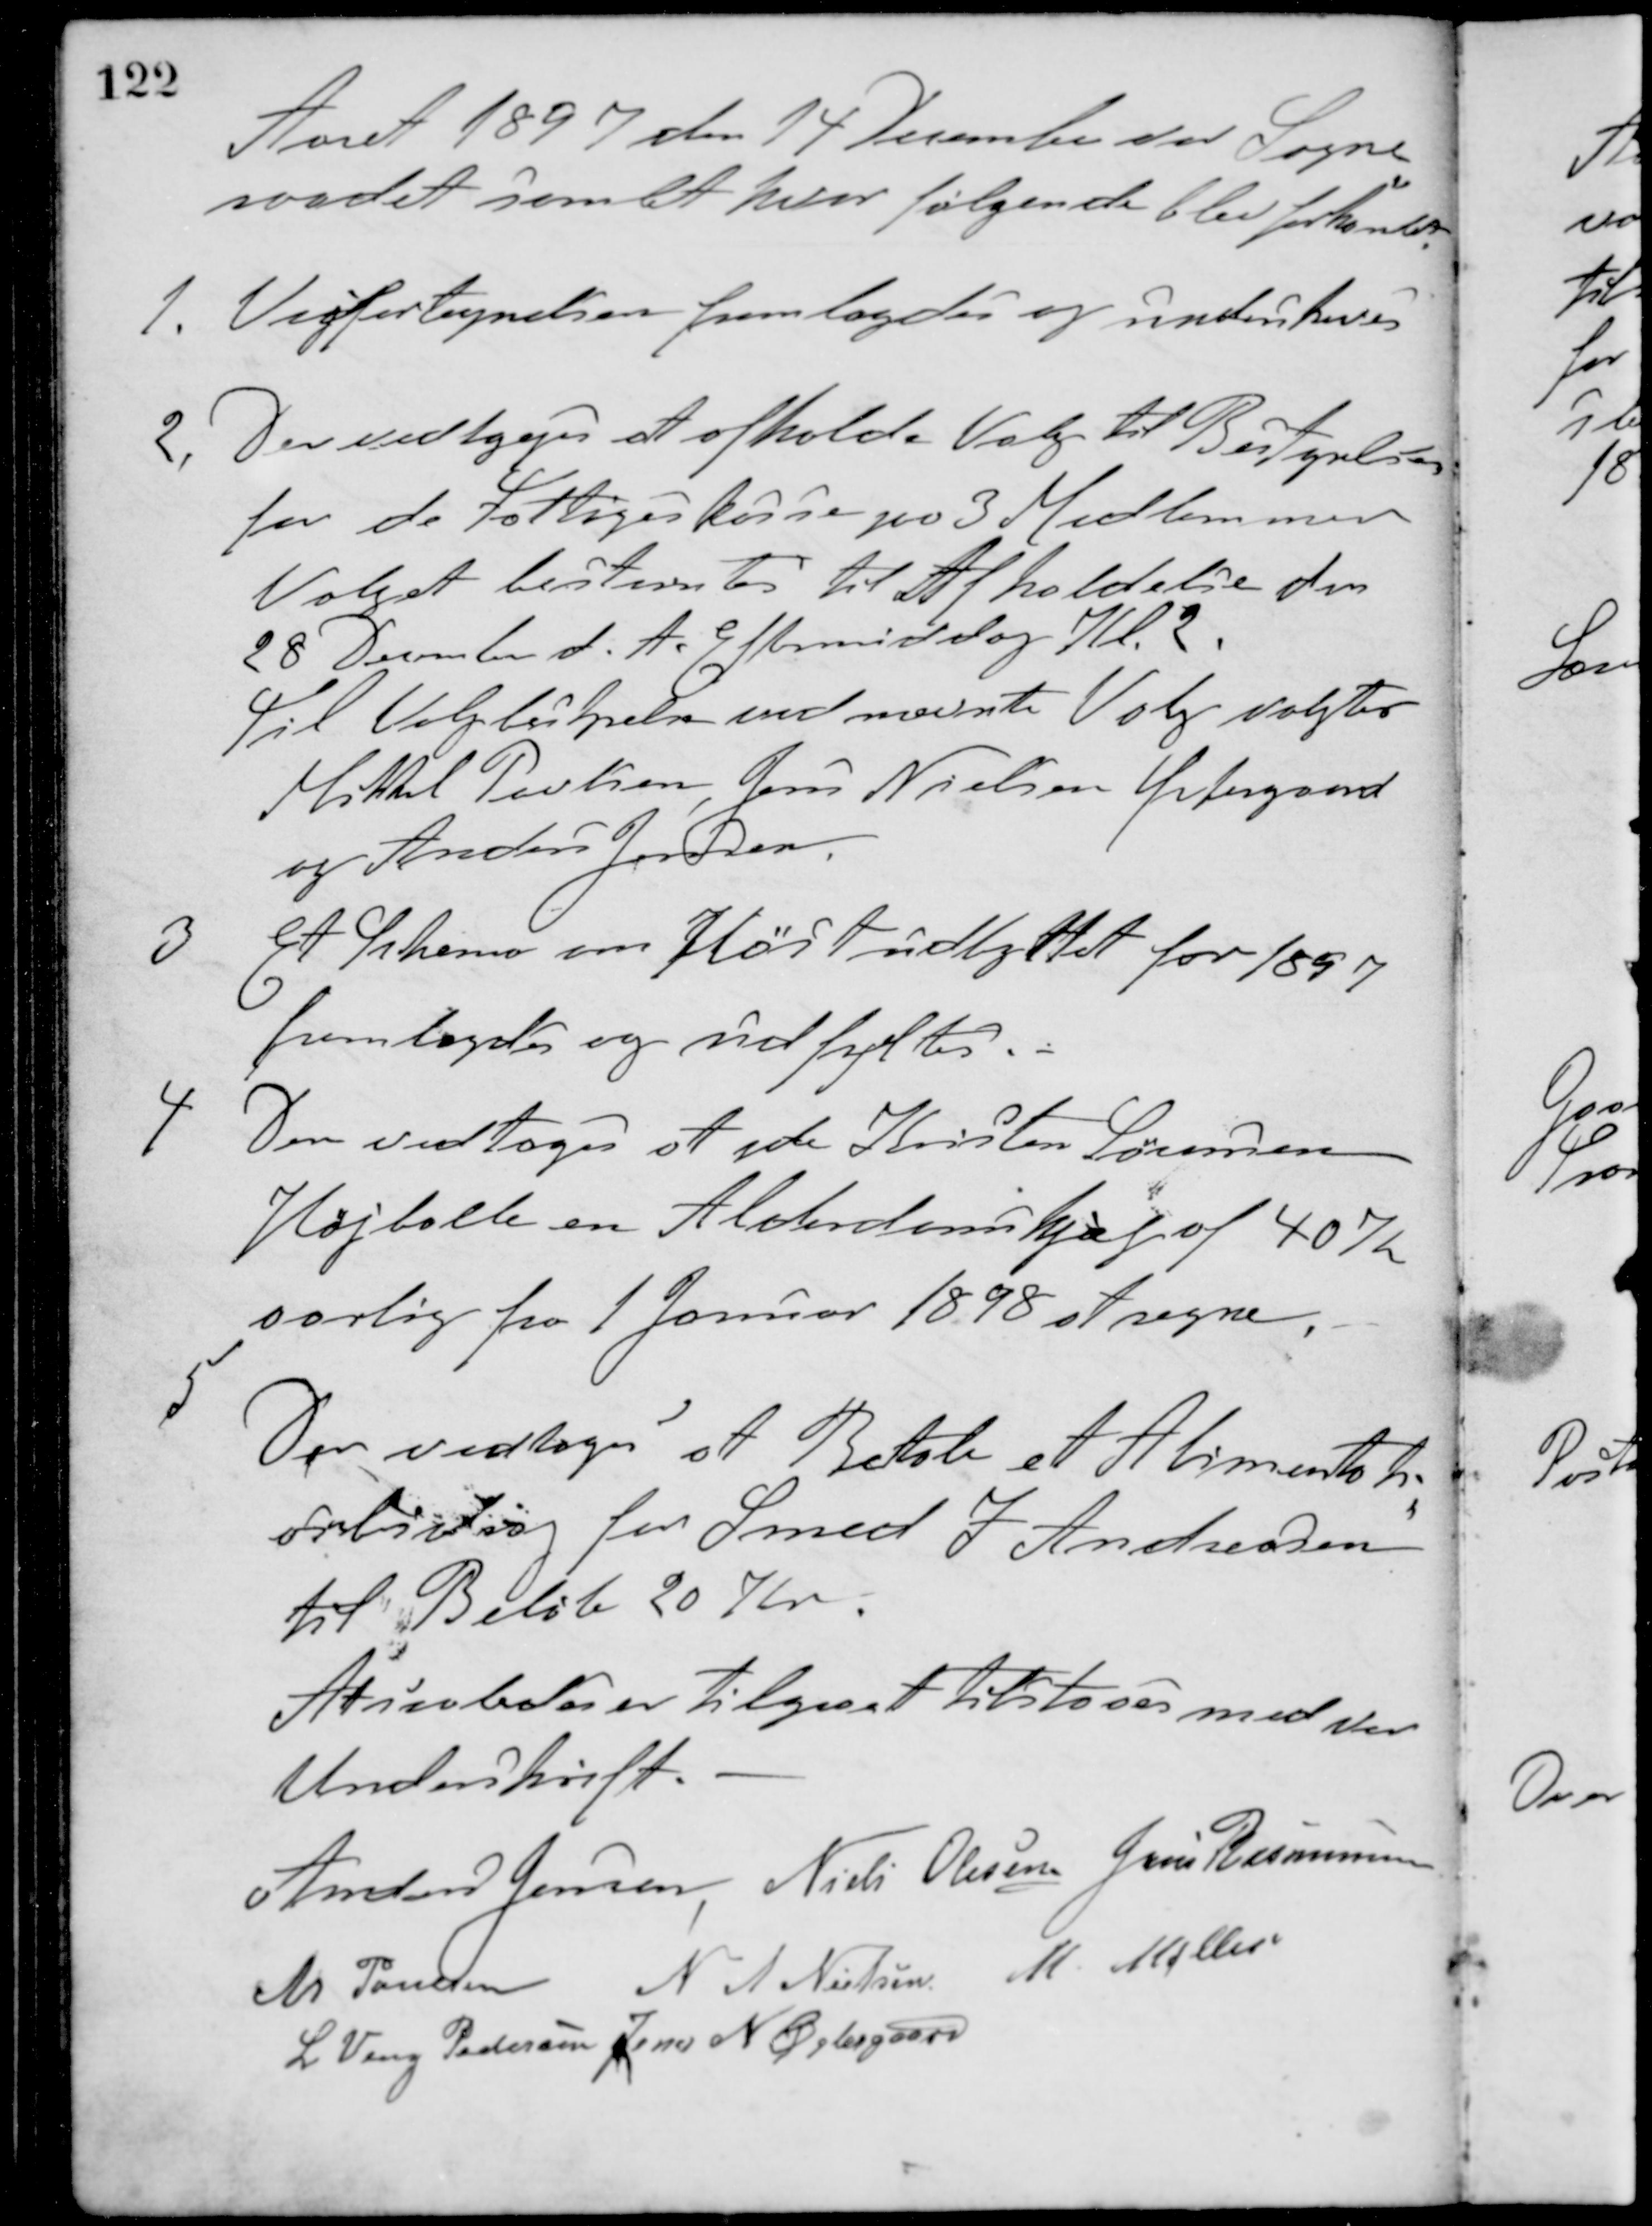
Transskription:
Aaret 1897 den 14 December der Sogne-
raadet samlet hvor følgende blev forhandlet:
1. Vejfortegnelsen fremlagdes og underskreves
2. Der vedtoges at afholde Valg til Bestyrelsen
for de Fattiges kasse paa 3 Medlemmer.
Valget bestemtes til Afholdelse den
28 December d. A. Eftermiddag Kl. 2.
Til Valgbestyrelse ved nævnte Valg valgtes
Mikkel Poulsen, Jens Nielsen Østergaard
og Anders Jensen.
3 Et Skema om Høstudbyttet for 1897
fremlagdes og udfyltes.
4 Der vedtoges at yde Kristen Sørensen,
Højballe en Alderdomshjæp af 40 Kr
aarlig fra 1 Januar 1898 at regne.
5 Der vedtoges at Betale et Alimentati-
onsbidrag for Smed I. Andreasen
til Beløb 20 Kr.
At saaledes er tilgaaet tilstaaes med vor
Underskrift.
Anders Jensen Niels Olesen Jens Rasmussen
M. Poulsen N. A. Nielsen M. Møller
L. Veng Pedersen Jens N. Østergaard